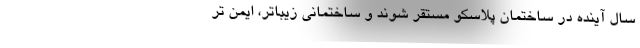
سال آینده در ساختمان پلاسکو مستقر شوند و ساختمانی زیباتر، ایمن تر